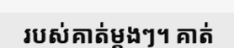
របស់គាត់ម្តងៗ។ គាត់